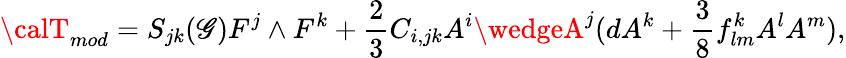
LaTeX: {\calT}_{mod}=S_{jk}(\mathscr{G}){F}^{j}\wedge{F}^{k}+\frac{{2}}{{3}}C_{i,jk}A^{i}\wedgeA^{j}(dA^{k}+\frac{{3}}{{8}}f_{lm}^{k}A^{l}A^{m}),